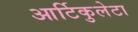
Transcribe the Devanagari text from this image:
आर्टिकुलेटा